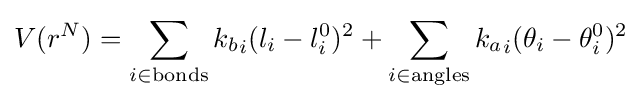
V(r^{N})=\sum _{i\in {\text{bonds}}}{k_{b}}_{i}(l_{i}-l_{i}^{0})^{2}+\sum _{i\in {\text{angles}}}{k_{a}}_{i}(\theta _{i}-\theta _{i}^{0})^{2}